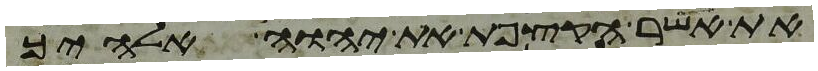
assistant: את אשר הקצפת את יהוה אלהיך